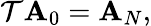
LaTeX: \mathcal{T}\mathbf{A}_{0}=\mathbf{A}_{N},